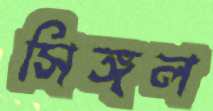
সিঙ্গল